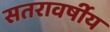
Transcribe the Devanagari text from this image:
सतरावर्षीय